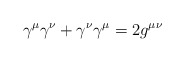
\begin{align*}\gamma^\mu \gamma^\nu+\gamma^\nu \gamma^\mu = 2g^{\mu\nu}\end{align*}